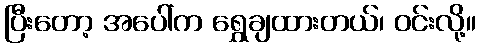
ပြီးတော့ အပေါ်က ရွှေချထားတယ်၊ ဝင်းလို့။